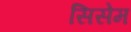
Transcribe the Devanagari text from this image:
सिसेम